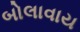
બોલાવાય